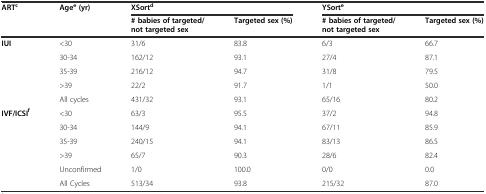
<table><thead><tr><td rowspan="2"><b>ART<sup>c</sup></b></td><td><b>Age<sup>e</sup>(yr)</b></td><td colspan="2"><b>XSort<sup>d</sup></b></td><td colspan="2"><b>YSort<sup>e</sup></b></td></tr><tr><td></td><td><b># babies of targeted/not targeted sex</b></td><td><b>Targeted sex (%)</b></td><td><b># babies of targeted/not targeted sex</b></td><td><b>Targeted sex (%)</b></td></tr></thead><tbody><tr><td><b>IUI</b></td><td>&lt;30</td><td>31/6</td><td>83.8</td><td>6/3</td><td>66.7</td></tr><tr><td></td><td>30-34</td><td>162/12</td><td>93.1</td><td>27/4</td><td>87.1</td></tr><tr><td></td><td>35-39</td><td>216/12</td><td>94.7</td><td>31/8</td><td>79.5</td></tr><tr><td></td><td>&gt;39</td><td>22/2</td><td>91.7</td><td>1/1</td><td>50.0</td></tr><tr><td></td><td>All cycles</td><td>431/32</td><td>93.1</td><td>65/16</td><td>80.2</td></tr><tr><td><b>IVF/ICSI</b><sup><b>f</b></sup></td><td>&lt;30</td><td>63/3</td><td>95.5</td><td>37/2</td><td>94.8</td></tr><tr><td></td><td>30-34</td><td>144/9</td><td>94.1</td><td>67/11</td><td>85.9</td></tr><tr><td></td><td>35-39</td><td>240/15</td><td>94.1</td><td>83/13</td><td>86.5</td></tr><tr><td></td><td>&gt;39</td><td>65/7</td><td>90.3</td><td>28/6</td><td>82.4</td></tr><tr><td></td><td>Unconfirmed</td><td>1/0</td><td>100.0</td><td>0/0</td><td>0.0</td></tr><tr><td></td><td>All Cycles</td><td>513/34</td><td>93.8</td><td>215/32</td><td>87.0</td></tr></tbody></table>